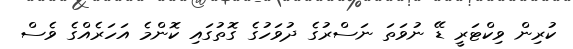
ކުރިން ވިކްޓަރީ ޑޭ ނުވަތަ ނަސްރުގެ ދުވަހުގެ ގޮތުގައި ކޮންމެ އަހަރެއްގެ ވެސް